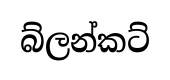
බ්ලන්කට්